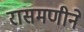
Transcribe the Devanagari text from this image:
रासमणीने